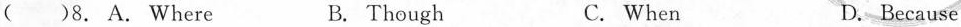
( )8. A. Where B. Though C. When D.Because